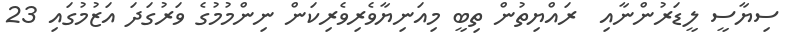
ސިޔާސީ ލީޑަރުންނާއި  ރައްޔިތުން ތިބީ މިއަނިޔާވެރިވެރިކަން ނިންމުމުގެ ވަރުގަދަ އަޒުމުގައި 23